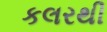
કલરથી